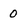
Character: 0